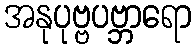
အနုပုဗ္ဗပဗ္ဘာရော